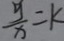
\frac { y } { x } = k